Civil Veterinary Department Bihar & Orissa reports 1922-29 - 1922-1929
Year: 1922
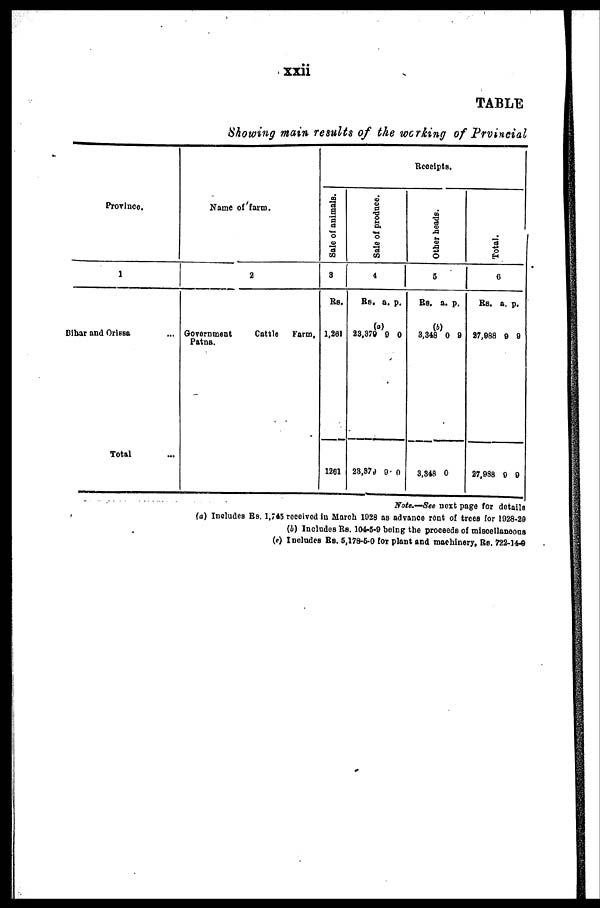
xxii
TABLE
Showing main results of the working of Provincial
Province.
1
Bihar and Orissa
Total ...
Name of farm.
2
Government
Cattle
Farm,
Patna.
Receip
ts.
Sale of animals.
3
Rs.
1.261
1281
Sale of produce.
4
Rs.
(a)
23,370
23,870
a.
9
0
p.
0
0
Other heads.
6
Rs.
3,348
3.348
a.
(b)
0
0
p.
9
Tot al .
7
Rs.
27,988
27,938
a.
9
9
p.
9
9
Note.—See next page for details
(a) Includes Rs. 1,745 received in March 1028 as advance rent of trees for 1028-20
(b) Includes Rs. 104-5-9 being the proceeds of miscellaneous
(c) Includes Be. 5,178-6-0 for plant and machinery, Rs. 722-144